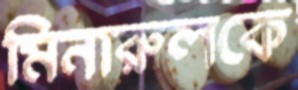
মিনারুলকে